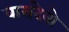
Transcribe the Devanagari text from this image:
वासदेवो